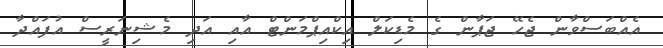
އެއްބަސްވާން ޖެހޭ ޖަޕާން ގެ މެޑިކަލް އިކްއިޕްމަންޓް އާއި އަދި މެޝިނަރީސް އުފައްދާ